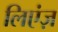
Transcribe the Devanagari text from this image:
लिएंज़